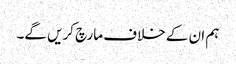
ہم ان کے خلاف مارچ کریں گے۔